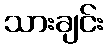
သားချင်း